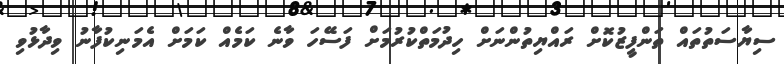
ސިޔާސަތުތައް ތަންފީޒުކޮށް ރައްޔިތުންނަށް ހިދުމަތްކުރުމަށް ފަސޭހަ ވާނެ ކަމެއް ކަމަށް އެމަނިކުފާނު ވިދާޅުވި